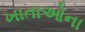
ખાતાઓના